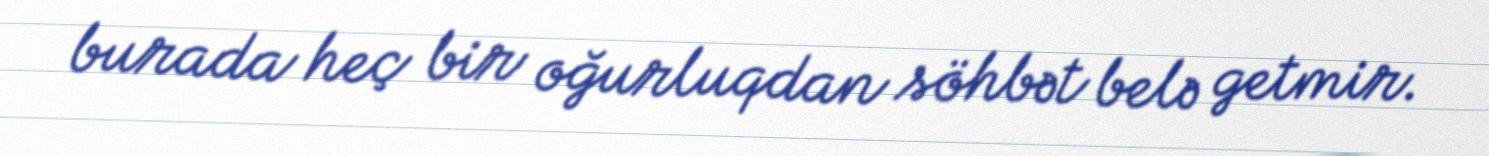
burada heç bir oğurluqdan söhbət belə getmir.